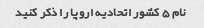
نام 5 کشور اتحادیه اروپا را ذکر کنید